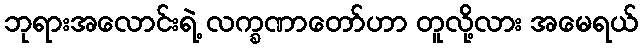
ဘုရားအလောင်းရဲ့ လက္ခဏာတော်ဟာ တူလို့လား အမေရယ်